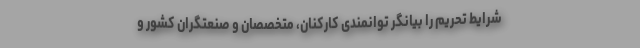
شرایط تحریم را بیانگر توانمندی کارکنان، متخصصان و صنعتگران کشور و